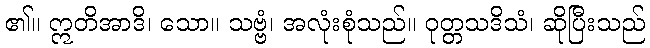
၏။ ဣတိအာဒိ၊ သော။ သဗ္ဗံ၊ အလုံးစုံသည်။ ဝုတ္တသဒိသံ၊ ဆိုပြီးသည်